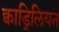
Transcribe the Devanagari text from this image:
क्वाड्रिलियन